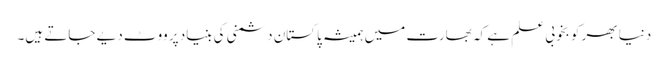
دنیا بھر کو بخوبی علم ہے کہ بھارت میں ہمیشہ پاکستان دشمنی کی بنیاد پر ووٹ دیے جاتے ہیں۔